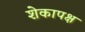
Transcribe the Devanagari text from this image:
शेकापक्ष